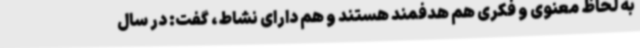
به لحاظ معنوی و فکری هم هدفمند هستند و هم دارای نشاط، گفت: در سال